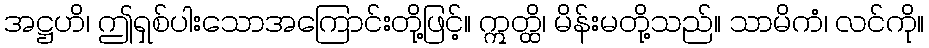
အဋ္ဌဟိ၊ ဤရှစ်ပါးသောအကြောင်းတို့ဖြင့်။ ဣတ္ထိ၊ မိန်းမတို့သည်။ သာမိကံ၊ လင်ကို။